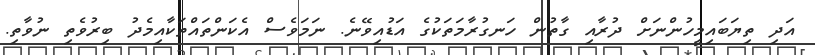
އަދި ތިޔަބައިމީހުންނަށް ދުރާއި ގާތުން ހަނގުރާމަތަކުގެ އަޑުއިވޭނެ. ނަމަވެސް އެކަންތައްތަކާއިމެދު ބިރުވެތި ނުވާތި.